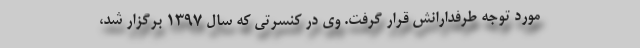
مورد توجه طرفدارانش قرار گرفت. وی در کنسرتی که سال ۱۳۹۷ برگزار شد،